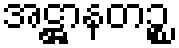
အဋ္ဌာနတဉ္စ